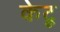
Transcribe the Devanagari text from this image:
केटू